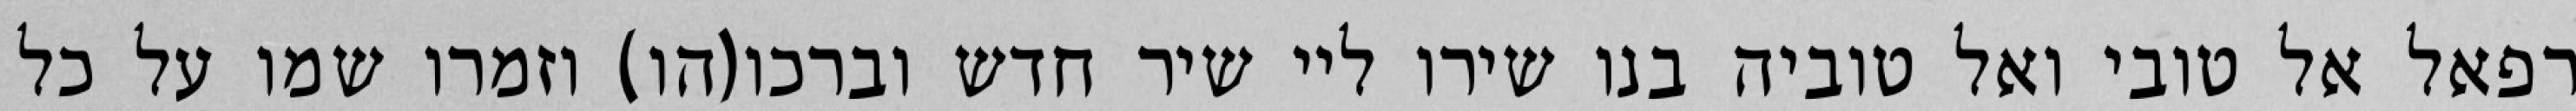
רפאל אל טובי ואל טוביה בנו שירו ליי שיר חדש וברכו(הו) וזמרו שמו על כל